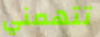
تتهمني